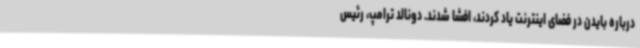
درباره بایدن در فضای اینترنت یاد کردند، افشا شدند. دونالد ترامپ، رئیس